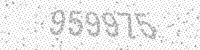
Solution: 959975